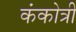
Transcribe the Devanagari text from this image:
कंकोत्री